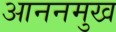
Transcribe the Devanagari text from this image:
आननमुख